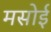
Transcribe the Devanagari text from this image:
मसोई